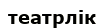
театрлік